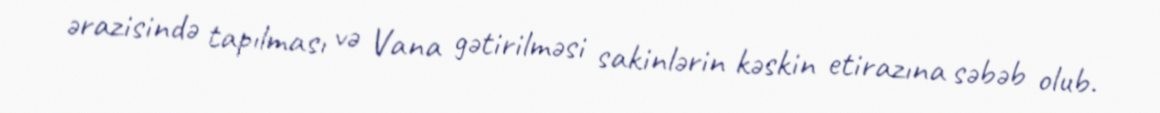
ərazisində tapılması və Vana gətirilməsi sakinlərin kəskin etirazına səbəb olub.